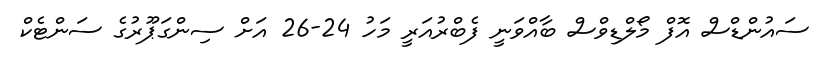
ސައުންޑްސް އޮފް މޯލްޑިވްސް ބާއްވަނީ ފެބްރުއަރީ މަހު 24-26 އަށް ސިންގަޕޫރުގެ ސަންޓެކް